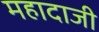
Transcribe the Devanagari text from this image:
महादाजी